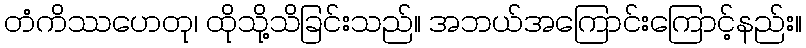
တံကိဿဟေတု၊ ထိုသို့သိခြင်းသည်။ အဘယ်အကြောင်းကြောင့်နည်း။